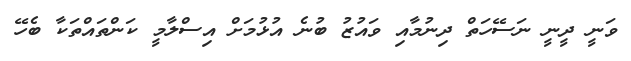
ވަނީ ދީނީ ނަސޭހަތް ދިނުމާއި ވައުޒު ބުނެ އުޅުމަށް އިސްލާމީ ކަންތައްތަކާ ބެހޭ